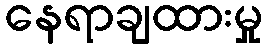
နေရာချထားမှု